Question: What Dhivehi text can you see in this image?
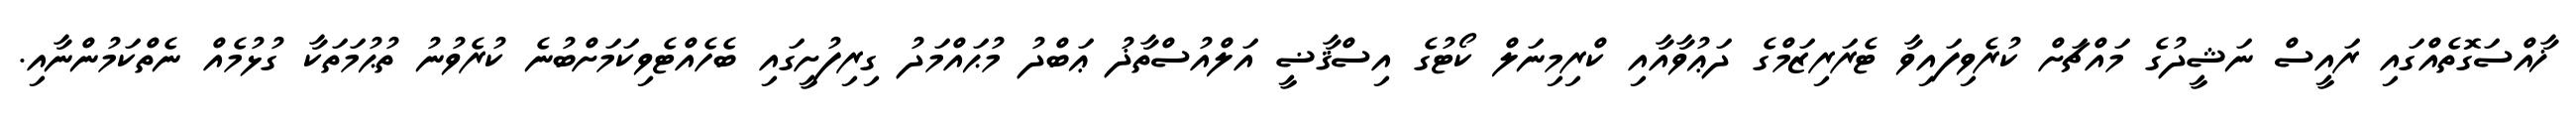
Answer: ޚާއްސަގޮތެއްގައި ރައީސް ނަޝީދުގެ މައްޗަށް ކުރެވިފައިވާ ޓެރަރިޒަމްގެ ދަޢުވާއާއި ކްރިމިނަލް ކޯޓުގެ އިސްޤާޟީ އަލްއުސްތާޛު ޢަބްދު މުޙައްމަދު ގިރިފުށީގައި ބެހެއްޓެވިކަމަށްބުނެ ކުރެވުނު ތުޙުމަތަކާ ގުޅުމެއް ނެތްކަމުންނާއި.